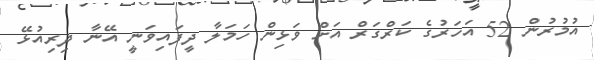
އުމުރުން 52 އަހަރުގެ ކަރްގަރް އަށް ވަޅިން ހަމަލާ ދީފައިވަނީ އޭނާ ދިރިއުޅޭ